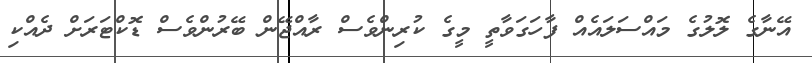
އޭނާގެ ލޮލުގެ މައްސަލައެއް ފާހަގަވާތީ މީގެ ކުރިންވެސް ރާއްޖޭން ބޭރުންވެސް ޑޮކްޓަރަށް ދެއްކި